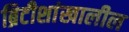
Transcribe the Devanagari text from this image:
ब्रिटीशांखालील